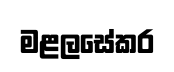
මළලසේකර